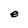
Character: e